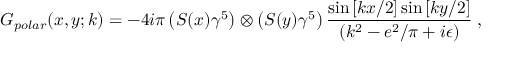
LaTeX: G _ { p o l a r } ( x , y ; k ) = - 4 i \pi \left( S ( x ) \gamma ^ { 5 } \right) \otimes \left( S ( y ) \gamma ^ { 5 } \right) \frac { \sin \left[ k x / 2 \right] \sin \left[ k y / 2 \right] } { ( k ^ { 2 } - e ^ { 2 } / \pi + i \epsilon ) } \; ,